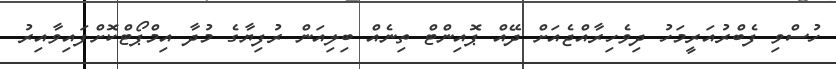
ހުސްވި ފެބްރުއަރީމަހު ދިވެހިރާއްޖެއަށް ދޭއް ޕޮއިންޓް ތިނެއް ބިލިއަން ރުފިޔާގެ މުދާ އިމްޕޯޓްކޮށްފައިވާއިރު